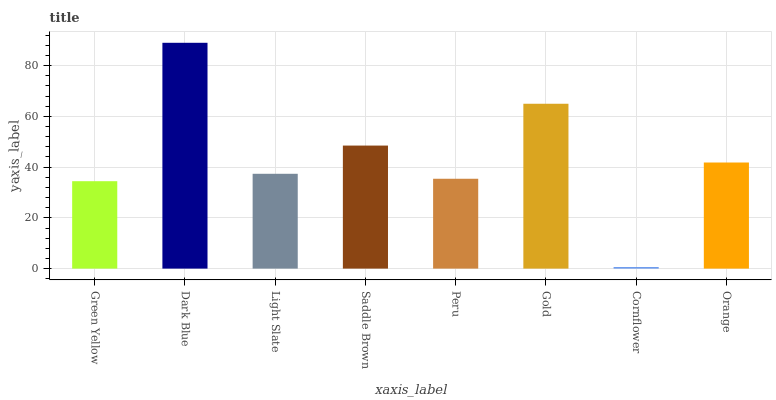
| xaxis_label | bars |
 | --- | --- |
 | Green Yellow | 34.5 |
 | Dark Blue | 89 |
 | Light Slate | 37.4 |
 | Saddle Brown | 48.5 |
 | Peru | 35.4 |
 | Gold | 65 |
 | Cornflower | 0.61 |
 | Orange | 41.8 |